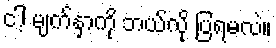
ငါ့ မျက်နှာကို ဘယ်လို ပြရမလဲ။